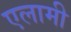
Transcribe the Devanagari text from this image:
एलामी